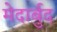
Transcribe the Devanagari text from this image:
मेदार्बुद